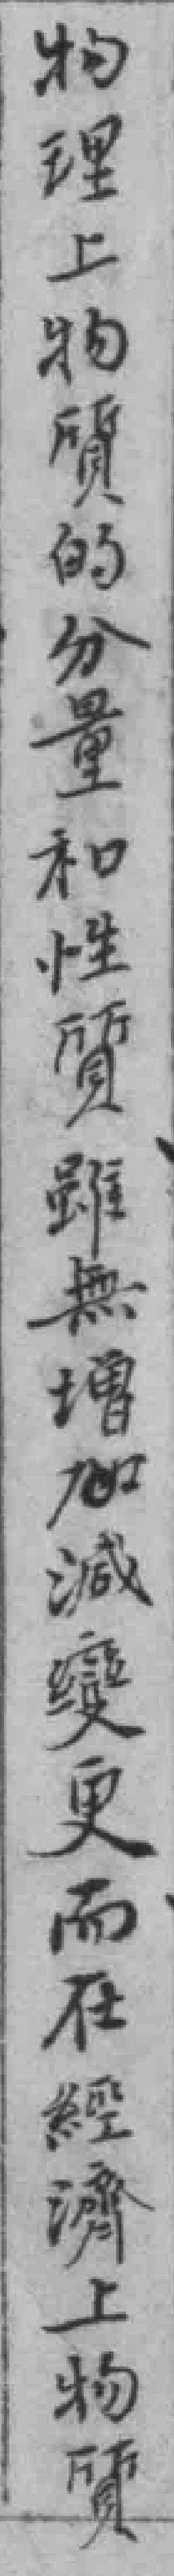
物理上物質的分量和性質雖無增*滅變更而在經濟上物質